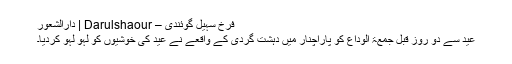
فرخ سہیل گوئندی – Darulshaour | دارالشعور
عید سے دو روز قبل جمعۃ الوداع کو پاراچنار میں دہشت گردی کے واقعے نے عید کی خوشیوں کو لہو لہو کردیا۔